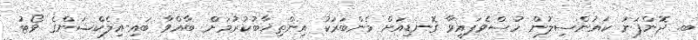
ބ. ދޮންފަނު ކައުންސިލުން ހުސްވެފައިވާ ގޮނޑިއަށް މެންބަރަކު އިންތިޚާބުކުރުމަށް ބާއްވާ ބައި-އިލެކްޝަންގެ ވޯޓު